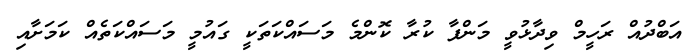
އަބްދުއް ރަހީމް ވިދާޅުވީ މަންފާ ކުރާ ކޮންމެ މަސައްކަތަކީ ގައުމީ މަސައްކަތެއް ކަމަށާއި